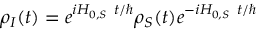
\rho _ { I } ( t ) = e ^ { i H _ { 0 , S } ~ t / \hbar } \rho _ { S } ( t ) e ^ { - i H _ { 0 , S } ~ t / \hbar }